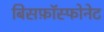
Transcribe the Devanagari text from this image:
बिसफ़ॉस्फोनेट